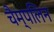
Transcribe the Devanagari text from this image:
चैम्पलिन